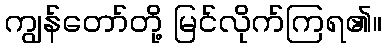
ကျွန်တော်တို့ မြင်လိုက်ကြရ၏။